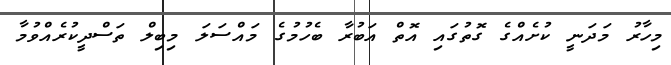
މިހާރު މަދަނީ ކުށެއްގެ ގޮތުގައި އޮތް އަބުރާ ބެހުމުގެ މައްސަލަ މިބިލް ތަސްދީކުރެއްވުމާ